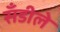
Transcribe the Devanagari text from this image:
सँडीले